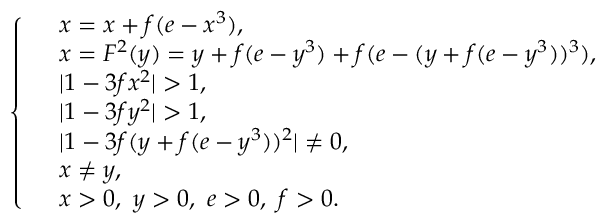
\left\{ \begin{array} { r l } & { x = x + f ( e - x ^ { 3 } ) , } \\ & { x = F ^ { 2 } ( y ) = y + f ( e - y ^ { 3 } ) + f ( e - ( y + f ( e - y ^ { 3 } ) ) ^ { 3 } ) , } \\ & { | 1 - 3 f x ^ { 2 } | > 1 , } \\ & { | 1 - 3 f y ^ { 2 } | > 1 , } \\ & { | 1 - 3 f ( y + f ( e - y ^ { 3 } ) ) ^ { 2 } | \neq 0 , } \\ & { x \neq y , } \\ & { x > 0 , ~ y > 0 , ~ e > 0 , ~ f > 0 . } \end{array} \right.